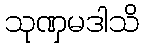
သုဏှမဒါသိ